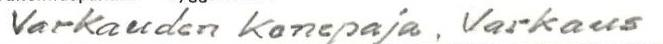
Varkauden konepaja, Varkaus